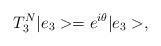
LaTeX: \begin{align*}T_3^{N} |e_3> = e^{i \theta} |e_3>,\end{align*}